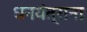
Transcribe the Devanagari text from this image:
धनयंत्राना